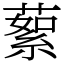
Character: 蕠